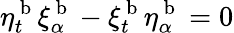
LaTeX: \eta_{t}^{\mathrm{~b~}}\xi_{\alpha}^{\mathrm{~b~}}-\xi_{t}^{\mathrm{~b~}}\eta_{\alpha}^{\mathrm{~b~}}=0